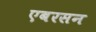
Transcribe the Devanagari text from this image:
एबरसन